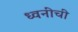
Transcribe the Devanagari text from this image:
ध्वनींची